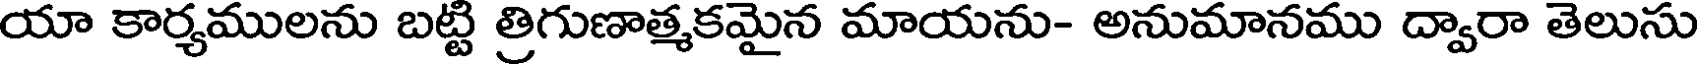
యా కార్యములను బట్టి త్రిగుణాత్మకమైన మాయను- అనుమానము ద్వారా తెలుసు